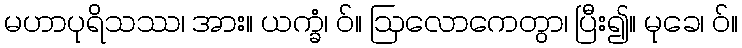
မဟာပုရိသဿ၊ အား။ ယက္ခံ၊ ဝ်။ ဩလောကေတွာ၊ ပြီး၍။ မုခေ၊ ဝ်။